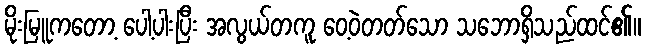
မိုးမြူကတော့ ပေါ့ပါးပြီး အလွယ်တကူ ဝေ့ဝဲတတ်သော သဘောရှိသည်ထင်၏။